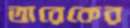
তারেকের